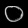
Digit: ၀